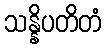
သန္နိပတိတံ